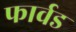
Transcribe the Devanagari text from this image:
फार्वड